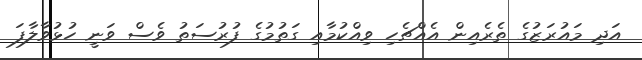
އަދި މައުރަޒުގެ ތެރެއިން އެއްޗެހި ވިއްކުމާއި ގަތުމުގެ ފުރުސަތު ވެސް ވަނީ ހުޅުވާލާފަ